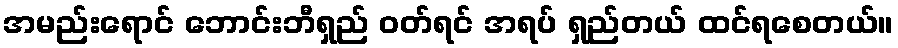
အမည်းရောင် ဘောင်းဘီရှည် ဝတ်ရင် အရပ် ရှည်တယ် ထင်ရစေတယ်။